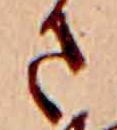
さ